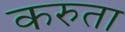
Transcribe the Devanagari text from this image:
करुता